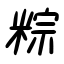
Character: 粽